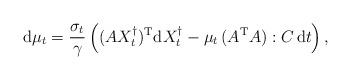
LaTeX: \begin{align*} {\rm d}\mu_t = \frac{\sigma_t}{\gamma} \left( (A X_t^\dagger)^{\rm T} {\rm d}X^\dagger_t - \mu_t \,(A^{\rm T}A) : C \,{\rm d}t\right),\end{align*}